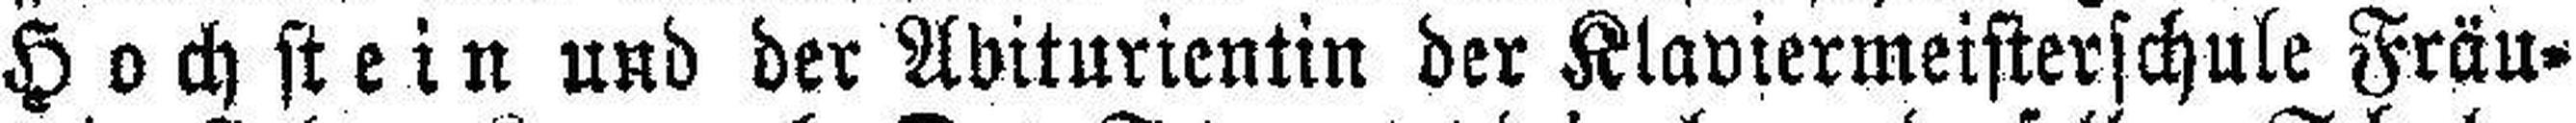
Hochstein und der Abiturientin der Klaviermeisterschule Fräu¬